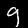
Label: 9